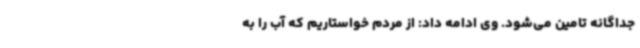
جداگانه تامین می‌شود. وی ادامه داد: از مردم خواستاریم که آب را به